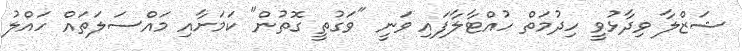
ޝަޒްލާ ވިދާޅުވީ ހިދުމަތް ހުއްޓާލާފައި ވަނީ "ވަގުތީ ގޮތުން" ކަމަށާއި މައްސަލަތައް ހައްލު